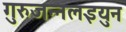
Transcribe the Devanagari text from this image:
गुरुजन्नलइयुन